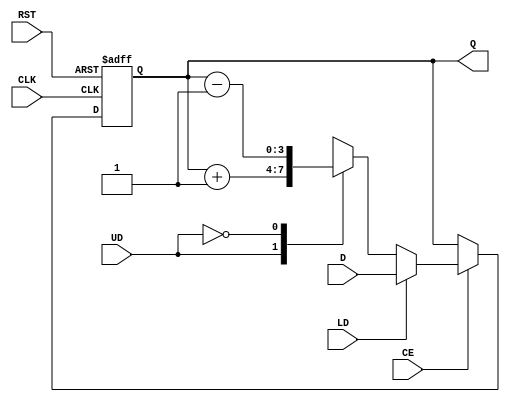
`timescale 1ns / 1ps
//////////////////////////////////////////////////////////////////////////////////
// Company: 
// Engineer: 
// 
// Design Name: 
// Module Name: Ud_Cnt_4
// Project Name: 
// Target Devices: 
// Tool Versions: 
// Description: 
// 
// Dependencies: 
// 
// Revision:
// Revision 0.01 - File Created
// Additional Comments:
// 
//////////////////////////////////////////////////////////////////////////////////


module Ud_Cnt_4(input [3:0] D,
                input LD, UD, CE, CLK, RST,
                output reg [3:0] Q);
always @(posedge CLK, posedge RST)
begin
    if(RST) Q <= 4'd0;
    else if(CE)
        begin
            if(LD) Q <= D;
            else
                begin
                    case(UD)
                        1: Q <= Q + 1;
                        0: Q <= Q - 1;
                    endcase
                end
        end
    else Q <= Q;
end
endmodule